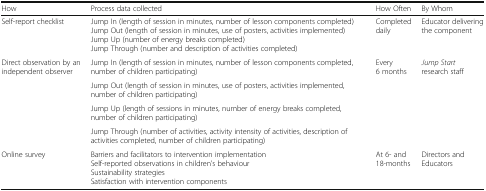
<table><thead><tr><td><b>How</b></td><td><b>Process data collected</b></td><td><b>How Often</b></td><td><b>By Whom</b></td></tr></thead><tbody><tr><td>Self-report checklist</td><td>Jump In (length of session in minutes, number of lesson components completed)Jump Out (length of session in minutes, use of posters, activities implemented)Jump Up (number of energy breaks completed)Jump Through (number and description of activities completed)</td><td>Completed daily</td><td>Educator delivering the component</td></tr><tr><td rowspan="4">Direct observation by an independent observer</td><td>Jump In (length of session in minutes, number of lesson components completed, number of children participating)</td><td>Every 6 months</td><td><i>Jump Start</i> research staff</td></tr><tr><td>Jump Out (length of session in minutes, use of posters, activities implemented, number of children participating)</td><td rowspan="3"></td><td rowspan="3"></td></tr><tr><td>Jump Up (length of sessions in minutes, number of energy breaks completed, number of children participating)</td></tr><tr><td>Jump Through (number of activities, activity intensity of activities, description of activities completed, number of children participating)</td></tr><tr><td>Online survey</td><td>Barriers and facilitators to intervention implementationSelf-reported observations in children’s behaviourSustainability strategiesSatisfaction with intervention components</td><td>At 6- and 18-months</td><td>Directors and Educators</td></tr></tbody></table>